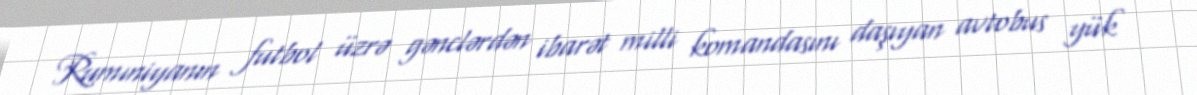
Rumıniyanın futbol üzrə gənclərdən ibarət milli komandasını daşıyan avtobus yük